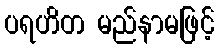
ပရဟိတ မည်နာမဖြင့်